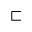
\sqsubset